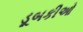
ડૂબકીઓ